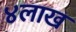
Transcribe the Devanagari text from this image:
४लाख